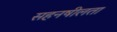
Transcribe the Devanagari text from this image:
सहनषीलता